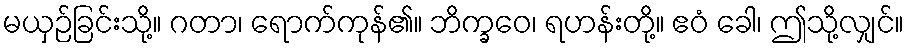
မယှဉ်ခြင်းသို့။ ဂတာ၊ ရောက်ကုန်၏။ ဘိက္ခဝေ၊ ရဟန်းတို့။ ဧဝံ ခေါ၊ ဤသို့လျှင်။